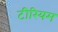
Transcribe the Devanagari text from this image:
टीरियम